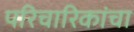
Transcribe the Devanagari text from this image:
परिचारिकांचा